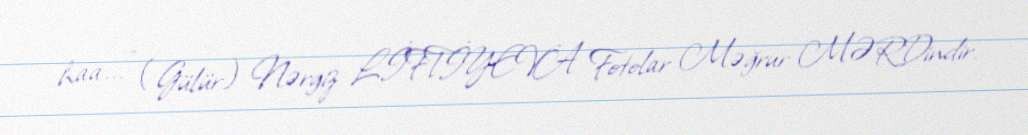
haa...” (Gülür) Nərgiz LİFTİYEVA Fotolar Məğrur MƏRDindir.